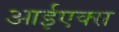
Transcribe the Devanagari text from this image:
आईएक्स